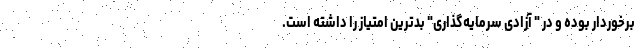
برخوردار بوده و در " آزادی سرمایه‌گذاری" بدترین امتیاز را داشته است.